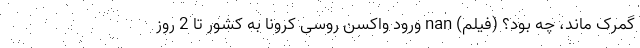
گمرک ماند، چه بود؟ (فیلم) nan ورود واکسن روسی کرونا به کشور تا 2 روز